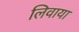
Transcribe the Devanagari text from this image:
लिवाया